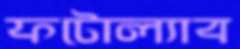
ফটোল্যাব